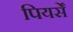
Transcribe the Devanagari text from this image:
पियर्सें